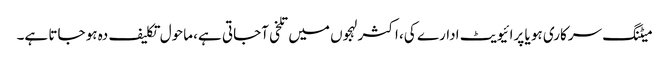
میٹنگ سرکاری ہو یا پرائیویٹ ادارے کی، اکثر لہجوں میں تلخی آجاتی ہے، ماحول تکلیف دہ ہو جاتا ہے۔